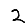
Digit: 2